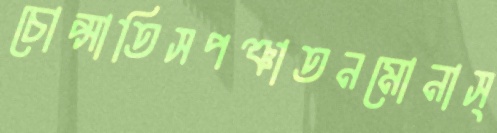
চোপ্‌সাতিসপঞ্চাতনমোনাস্